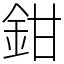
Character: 鉗